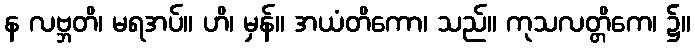
န လဗ္ဘတိ၊ မရအပ်။ ဟိ၊ မှန်။ အယံတိကော၊ သည်။ ကုသလတ္တိကေ၊ ၌။